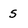
Character: s